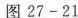
图27-21